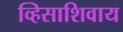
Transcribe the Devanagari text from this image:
व्हिसाशिवाय